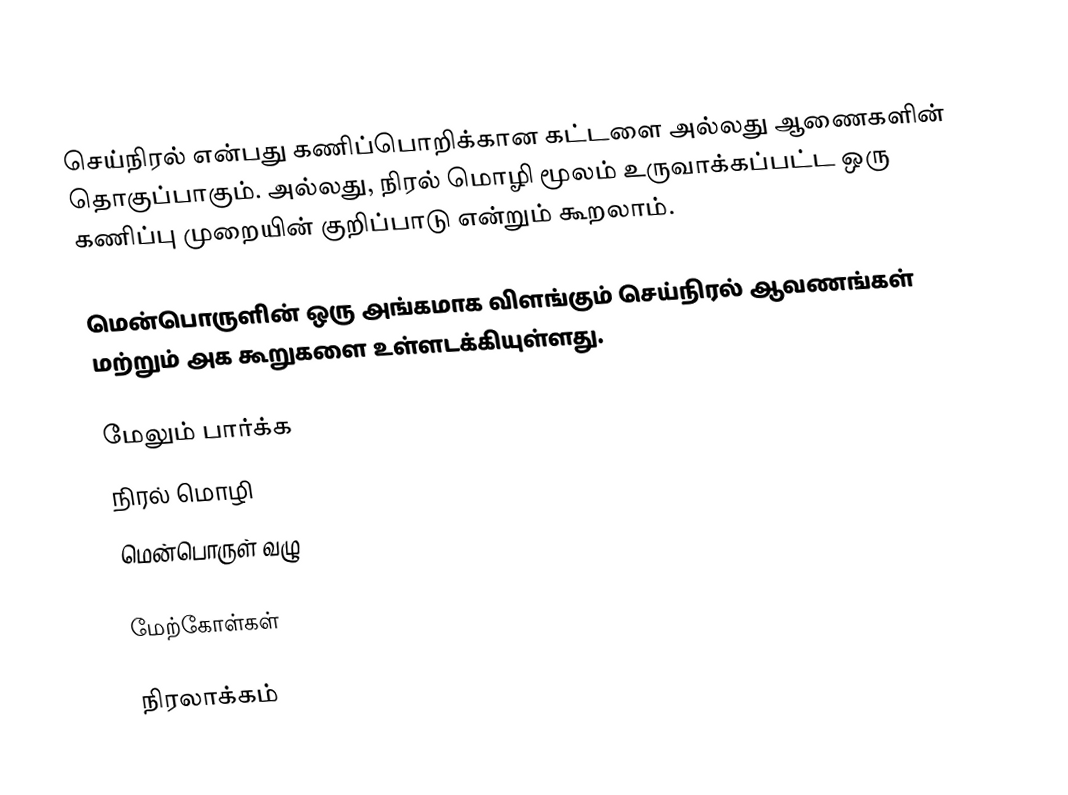
செய்நிரல் என்பது கணிப்பொறிக்கான கட்டளை அல்லது ஆணைகளின் தொகுப்பாகும். அல்லது, நிரல் மொழி மூலம் உருவாக்கப்பட்ட ஒரு கணிப்பு முறையின் குறிப்பாடு என்றும் கூறலாம்.

மென்பொருளின் ஒரு அங்கமாக விளங்கும் செய்நிரல் ஆவணங்கள் மற்றும் அக கூறுகளை உள்ளடக்கியுள்ளது.

மேலும் பார்க்க
 நிரல் மொழி
 மென்பொருள் வழு

மேற்கோள்கள்

நிரலாக்கம்